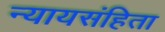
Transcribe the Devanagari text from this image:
न्यायसंहिता